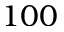
1 0 0